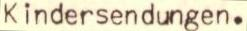
K indersendungen.